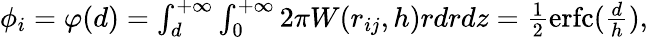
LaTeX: \begin{array}{r}{\phi_{i}=\varphi(d)=\int_{d}^{+\infty}\int_{0}^{+\infty}2\pi W(r_{ij},h)rdrdz=\frac{1}{2}\operatorname{erfc}(\frac{d}{h}),}\end{array}